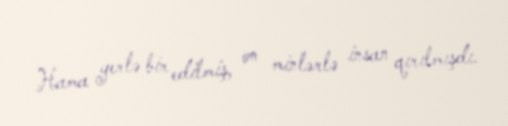
Hama yerlə bir edilmiş, on minlərlə insan qırılmışdı.